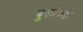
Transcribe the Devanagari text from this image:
बुसीच्या